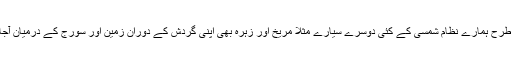
چاند کی طرح ہمارے نظام شمسی کے کئی دوسرے سیارے مثلاً مریخ اور زہرہ بھی اپنی گردش کے دوران زمین اور سورج کے درمیان آجاتے ہیں ۔